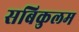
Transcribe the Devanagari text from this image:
सबिकुलम